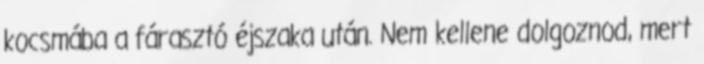
kocsmába a fárasztó éjszaka után. Nem kellene dolgoznod, mert